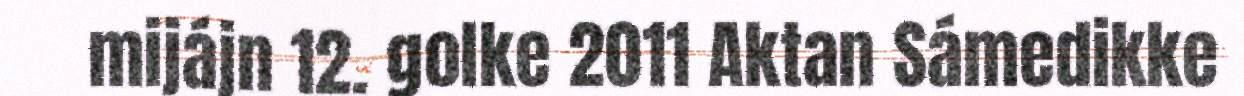
mijájn 12. golke 2011 Aktan Sámedikke